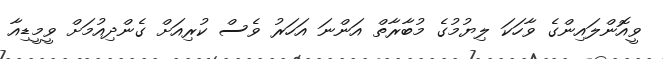
ވީއޮންލައިންގެ ވާހަކަ ލިޔުމުގެ މުބާރާތް އަންނަ އަހަރު ވެސް ކުރިއަށް ގެންދިއުމަށް ވީމީޑިއާ